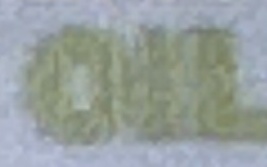
OIL